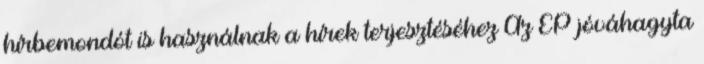
hírbemondót is használnak a hírek terjesztéséhez Az EP jóváhagyta